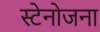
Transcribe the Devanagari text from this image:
स्टेनोजना